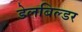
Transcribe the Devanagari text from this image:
डेलबिल्डर